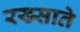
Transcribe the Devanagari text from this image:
रख्साते